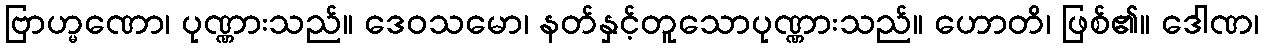
ဗြာဟ္မဏော၊ ပုဏ္ဏားသည်။ ဒေဝသမော၊ နတ်နှင့်တူသောပုဏ္ဏားသည်။ ဟောတိ၊ ဖြစ်၏။ ဒေါဏ၊